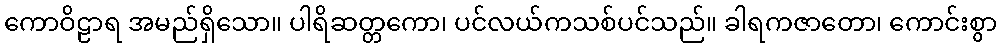
ကောဝိဠာရ အမည်ရှိသော။ ပါရိဆတ္တကော၊ ပင်လယ်ကသစ်ပင်သည်။ ခါရကဇာတော၊ ကောင်းစွာ